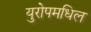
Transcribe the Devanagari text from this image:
युरोपमधिल